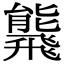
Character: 𩙸